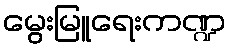
မွေးမြူရေးကဏ္ဍ